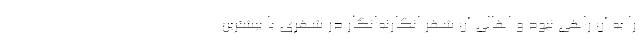
را به آن راهی نبود و اهالی آن شهر انگارنه‌انگار در شهری با بیشترین